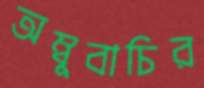
অম্বুবাচির